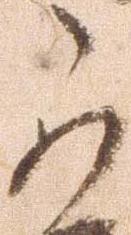
可